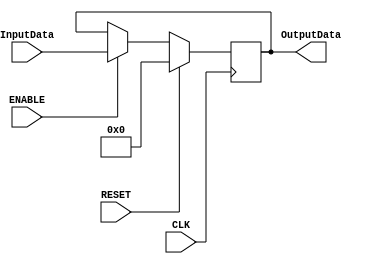
module Register_WriteEnable #(parameter W=32)(CLK,RESET,InputData,OutputData,ENABLE);

input CLK,RESET,ENABLE;
input [W-1:0] InputData;
output reg [W-1:0] OutputData=0;

always @ (posedge CLK) begin

	if(RESET) 	begin
					OutputData<=0;
					end
	else 	begin
				if(ENABLE==1)
				OutputData<=InputData;
			end
			
end

endmodule